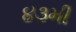
૪૩મી